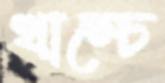
খাম্‌চে